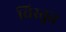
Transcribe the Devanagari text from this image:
विस्तुत